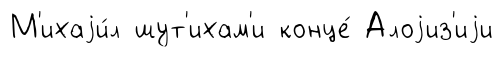
М'ихаjи́л шут'ихам'и конце́ Алоjиз'иjи